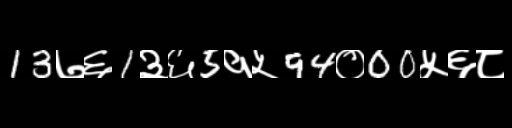
Text: 13७६1३६5१५94०00५६८